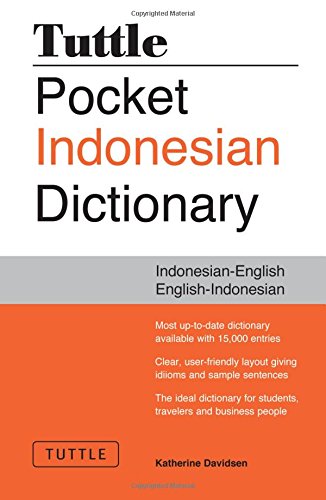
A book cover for Tuttle Pocket Indonesian Dictionary: Indonesian-English English-Indonesian; Katherine Davidsen; Travel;